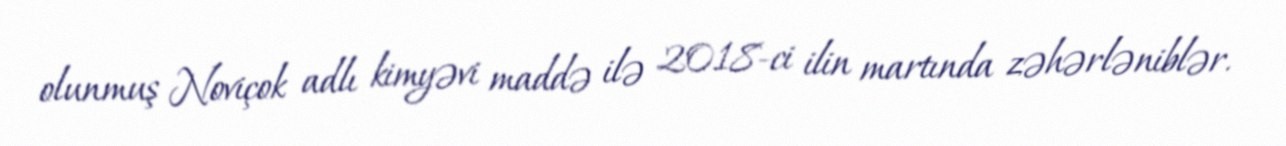
olunmuş Noviçok adlı kimyəvi maddə ilə 2018-ci ilin martında zəhərləniblər.